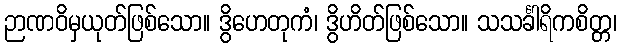
ဉာဏဝိမှယုတ်ဖြစ်သော။ ဒွိဟေတုကံ၊ ဒွိဟိတ်ဖြစ်သော။ သသင်္ခါရိကစိတ္တ၊